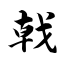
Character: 戟